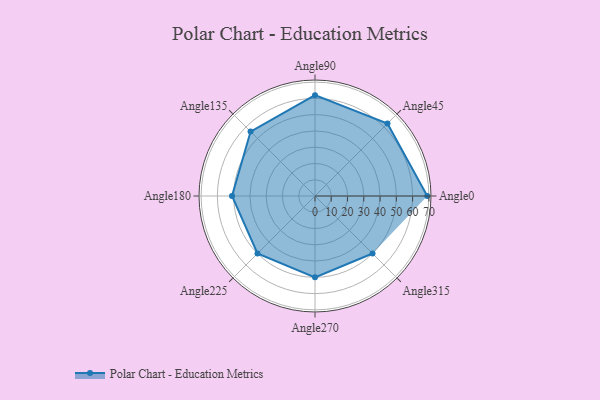
{"axis": {"x": "Angle", "y": "Radius"}, "legend": [""], "data": [{"x": "Angle0", "y": 69.0, "type": ""}, {"x": "Angle45", "y": 63.0, "type": ""}, {"x": "Angle90", "y": 62.0, "type": ""}, {"x": "Angle135", "y": 56.0, "type": ""}, {"x": "Angle180", "y": 51.0, "type": ""}, {"x": "Angle225", "y": 50, "type": ""}, {"x": "Angle270", "y": 50, "type": ""}, {"x": "Angle315", "y": 50, "type": ""}]}